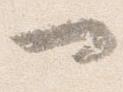
一